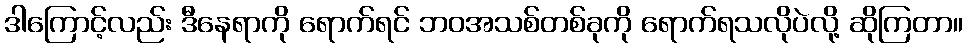
ဒါကြောင့်လည်း ဒီနေရာကို ရောက်ရင် ဘဝအသစ်တစ်ခုကို ရောက်ရသလိုပဲလို့ ဆိုကြတာ။